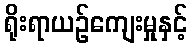
ရိုးရာယဉ်ကျေးမှုနှင့်